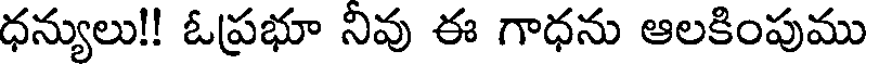
ధన్యులు!! ఓప్రభూ నివు ఈ గాధను ఆలకింపుము